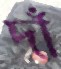
দাঁ